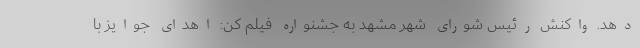
دهد. واکنش رئیس شورای شهر مشهد به جشنواره فیلم کن: اهدای جوایز با